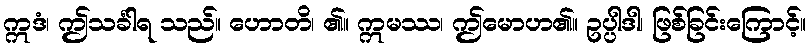
ဣဒံ၊ ဤသင်္ခါရ သည်။ ဟောတိ၊ ၏။ ဣမဿ၊ ဤမောဟ၏။ ဥပ္ပါဒါ၊ ဖြစ်ခြင်းကြောင့်။